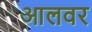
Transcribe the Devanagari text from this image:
आलवर